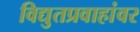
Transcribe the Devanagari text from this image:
विद्युतप्रवाहांवर